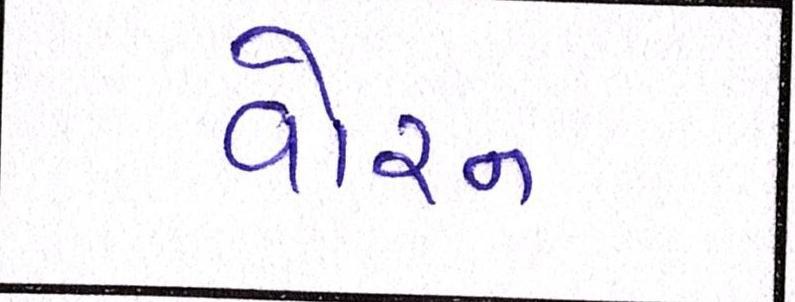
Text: વોરન